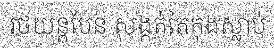
រថយន្តបែន សង្កត់តៃកុងស្លាប់